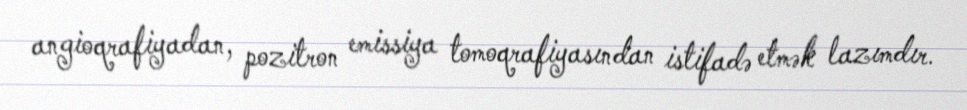
angioqrafiyadan, pozitron emissiya tomoqrafiyasından istifadə etmək lazımdır.